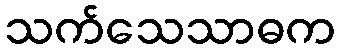
သက်သေသာဓက